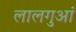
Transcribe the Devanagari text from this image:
लालगुआं